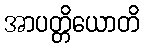
အာပတ္တိယောတိ